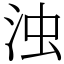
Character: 浊